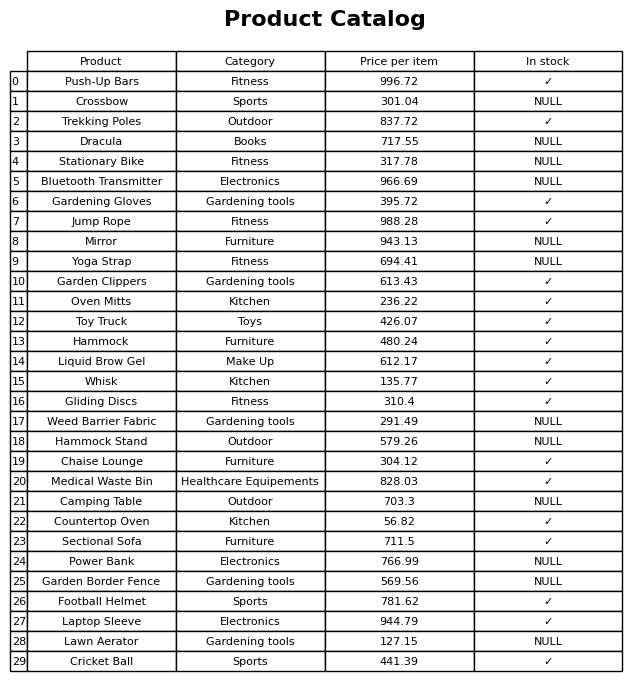
question: Which products are currently out of stock?
answer: Crossbow, Dracula, Stationary Bike, Bluetooth Transmitter, Mirror, Yoga Strap, Weed Barrier Fabric, Hammock Stand, Camping Table, Power Bank, Garden Border Fence, Lawn Aerator